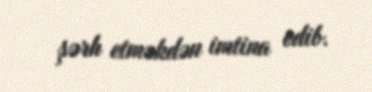
şərh etməkdən imtina edib.